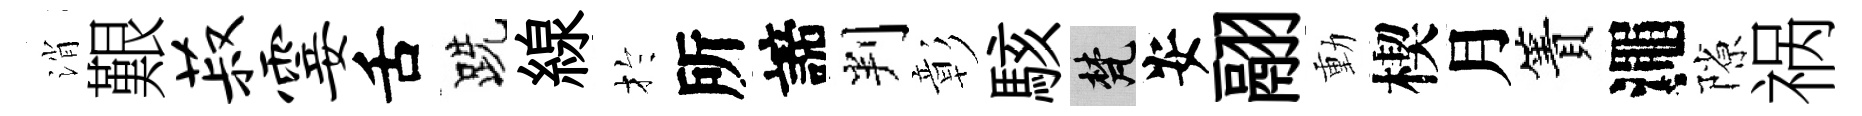
消艱菽霎舌跣線扵所諦判彰駭梵安翮動楔月簀澠隙祸